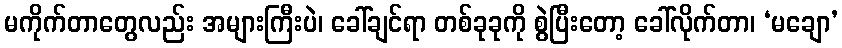
မကိုက်တာတွေလည်း အများကြီးပဲ၊ ခေါ်ချင်ရာ တစ်ခုခုကို စွဲပြီးတော့ ခေါ်လိုက်တာ၊ ‘မချော’